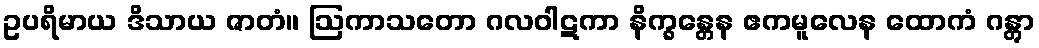
ဥပရိမာယ ဒိသာယ ဇာတံ။ ဩကာသတော ဂလဝါဋကာ နိက္ခန္တေန ဧကမူလေန ထောကံ ဂန္တွာ